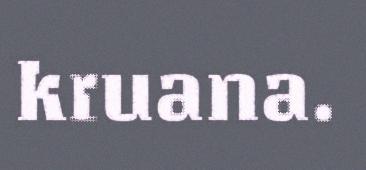
kruana.